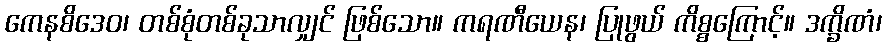
ကေနစိဒေဝ၊ တစ်စုံတစ်ခုသာလျှင် ဖြစ်သော။ ကရဏီယေန၊ ပြုဖွယ် ကိစ္စကြောင့်။ ဒက္ခိဏံ၊